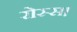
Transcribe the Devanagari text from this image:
रोस्स।